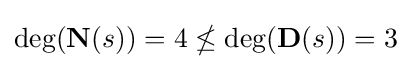
\deg({\textbf {N}}(s))=4\nleq \deg({\textbf {D}}(s))=3